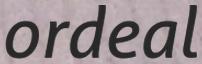
ordeal